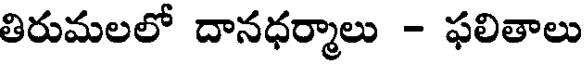
తిరుమలలో దానధర్మాలు - ఫలితాలు